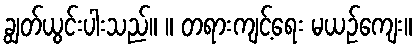
ချွတ်ယွင်းပါးသည်။ ။ တရားကျင့်ရေး မယဉ်ကျေး။